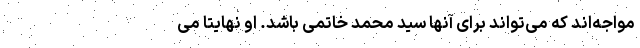
مواجه‌اند که می‌تواند برای آنها سید محمد خاتمی باشد. او نهایتا می